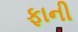
ફાની